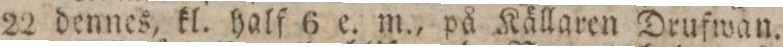
22 dennes, kl. half 6 e. m., på Källaren Drufwan.